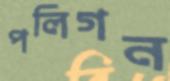
পলিগন